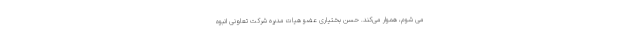
می شوم، هموار می‌کند. حسن بختیاری عضو هیات مدیره شرکت تعاونی انبوه